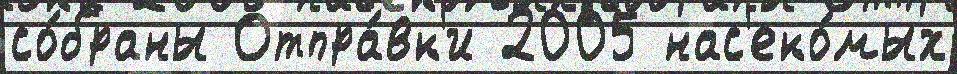
со́браны Отпра́вк'и 2005 нас'еко́мых